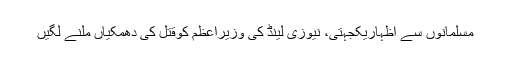
مسلمانوں سے اظہاریکجہتی، نیوزی لینڈ کی وزیراعظم کوقتل کی دھمکیاں ملنے لگیں